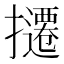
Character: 𫾔